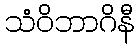
သံဝိဘာဂိနီ